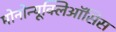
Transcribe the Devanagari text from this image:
मोनोन्यूक्लिऑसिस